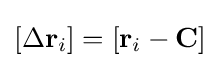
\left[\Delta \mathbf {r} _{i}\right]=\left[\mathbf {r} _{i}-\mathbf {C} \right]